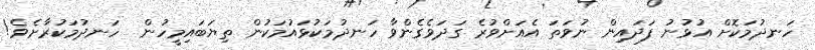
ހަނދުމަކޮށް އުޅުނު ފަދައިން ނުވަތަ އެއަށްވުރެ ގަދަވެގެންވާ ހަނދުމަކުޅައުމަކުން ތިޔަބައިމީހުން  ހަނދުމަކުރާށެވެ!